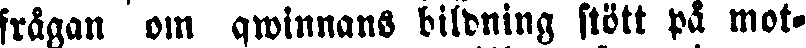
frågan om qwinnans bildning stött på mot-